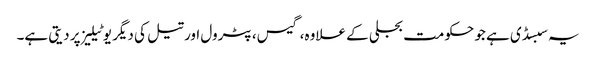
یہ سبسڈی ہے جو حکومت بجلی کے علاوہ، گیس، پٹرول اور تیل کی دیگر یوٹیلیز پر دیتی ہے۔